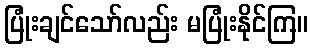
ပြုံးချင်သော်လည်း မပြုံးနိုင်ကြ။